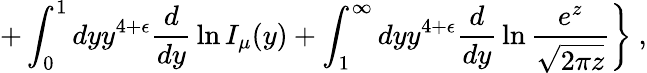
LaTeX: \left.+\int_{0}^{1}dyy^{4+\epsilon}{\frac{d}{dy}}\ln I_{\mu}(y)+\int_{1}^{\infty}dyy^{4+\epsilon}{\frac{d}{dy}}\ln{\frac{e^{z}}{\sqrt{2\pi z}}}\right\} ~,